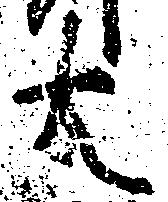
太